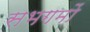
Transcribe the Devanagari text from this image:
सभगमों